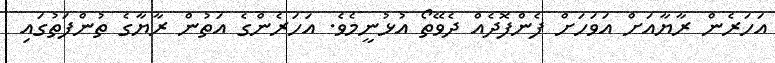
އަހަރެން ރާޔާއަށް އަވަހަށް ފެންފޮދެއް ދެވޭތޯ އުޅުނީމެވެ. އަހަރެންގެ އަތުން ރާޔާގެ ތުންފަތުގައި